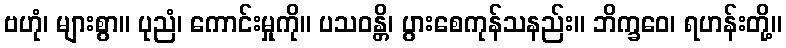
ဗဟုံ၊ များစွာ။ ပုညံ၊ ကောင်းမှုကို။ ပသဝန္တိ၊ ပွားစေကုန်သနည်း။ ဘိက္ခဝေ၊ ရဟန်းတို့။